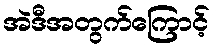
အဲဒီအတွက်ကြောင့်